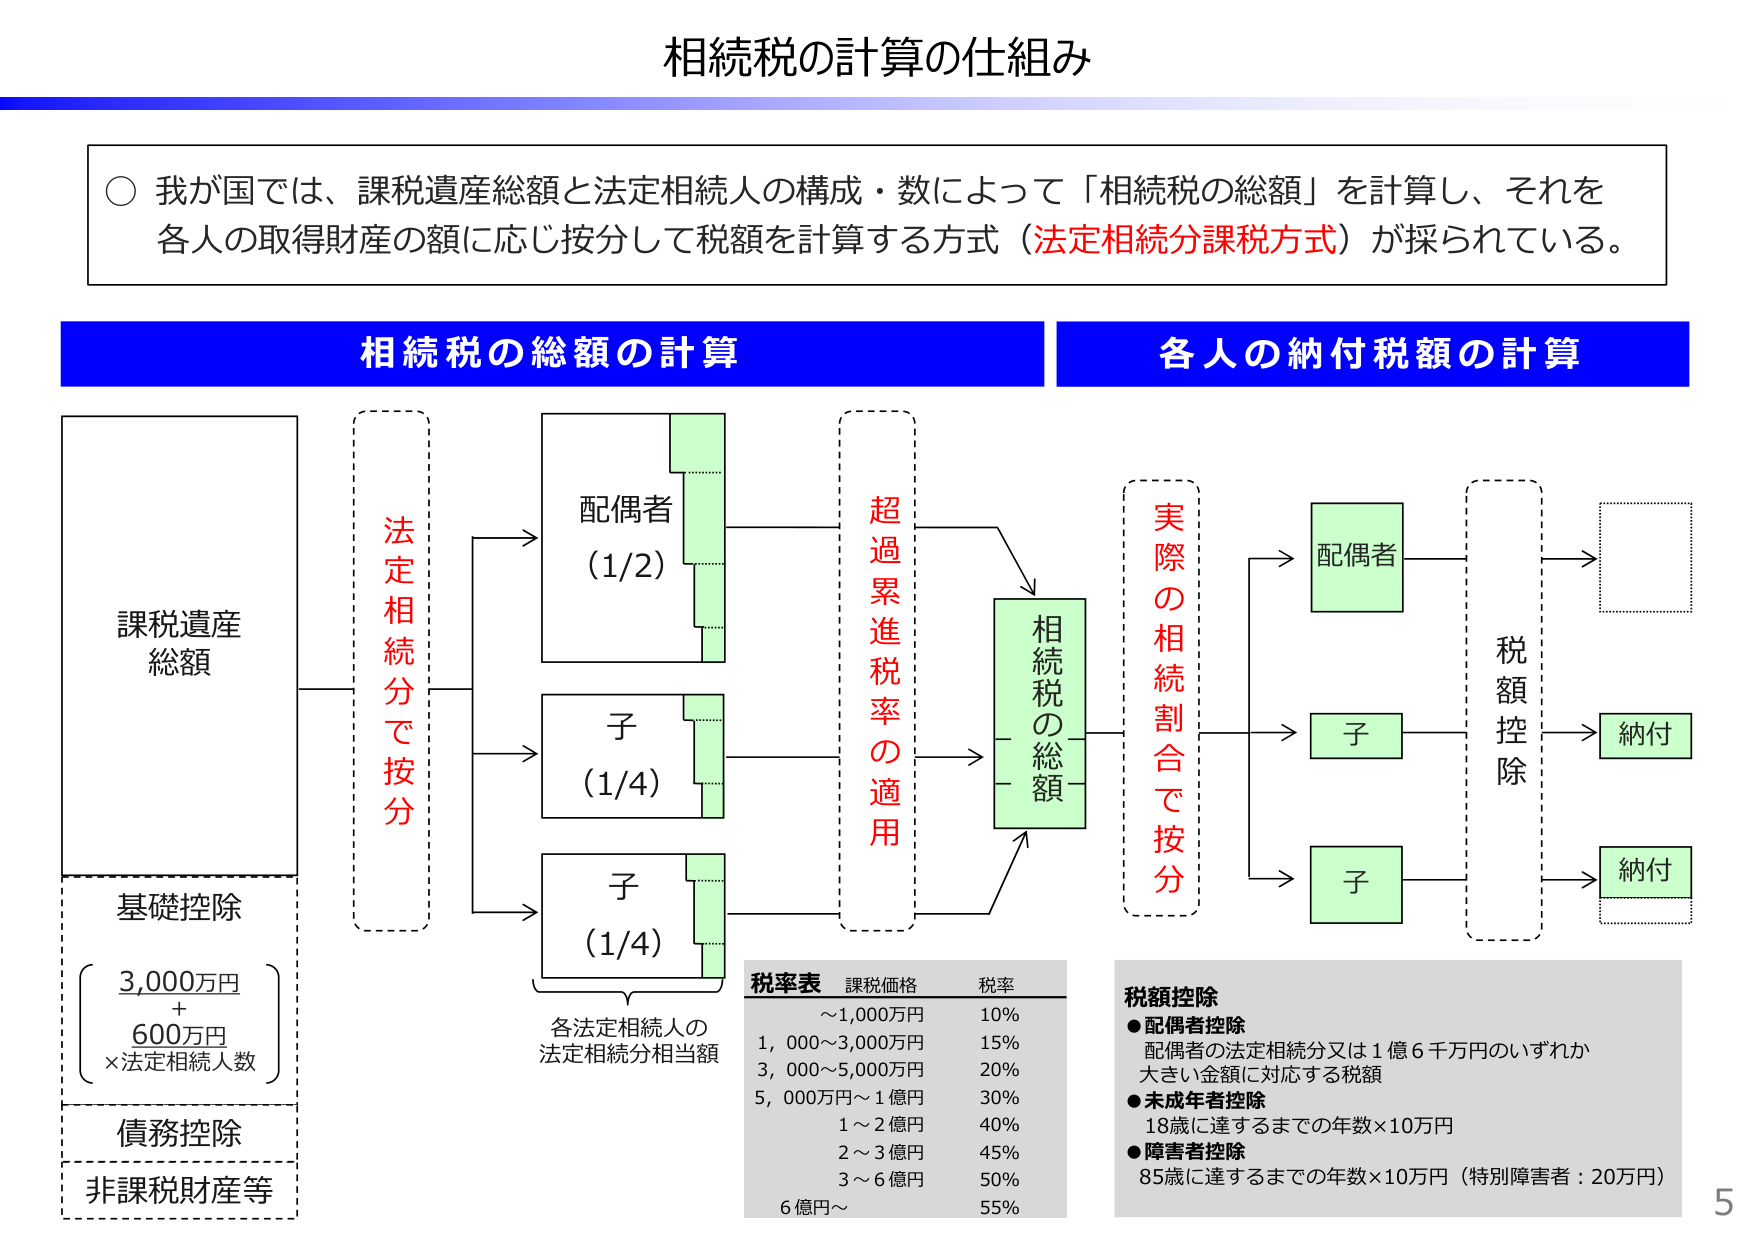
相続税の計算の仕組み

○ 我が国では、課税遺産総額と法定相続人の構成・数によって「相続税の総額」を計算し、それを各人の取得財産の額に応じ按分して税額を計算する方式（法定相続分課税方式）が採られている。

相続税の総額の計算

課税遺産
総額

基礎控除
（3,000万円
＋
600万円
×法定相続人数）

債務控除

非課税財産等

法定相続分で按分

配偶者
（1/2）

子
（1/4）

子
（1/4）

各法定相続人の
法定相続分相当額

超過累進税率の適用

相続税の総額

税率表　課税価格　税率
～1,000万円　10%
1,000～3,000万円　15%
3,000～5,000万円　20%
5,000万円～1億円　30%
1～2億円　40%
2～3億円　45%
3～6億円　50%
6億円～　55%

各人の納付税額の計算

実際の相続割合で按分

配偶者

子

子

税額控除

納付

納付

税額控除
●配偶者控除
配偶者の法定相続分又は1億6千万円のいずれか大きい金額に対応する税額
●未成年者控除
18歳に達するまでの年数×10万円
●障害者控除
85歳に達するまでの年数×10万円（特別障害者：20万円）

5